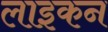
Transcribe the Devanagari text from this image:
लाइकन